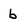
Character: b